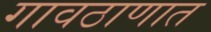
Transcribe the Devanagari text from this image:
गावठाणात